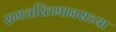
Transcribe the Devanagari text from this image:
रामचरितमानसच्या